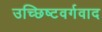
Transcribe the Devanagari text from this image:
उच्छिष्टवर्गवाद